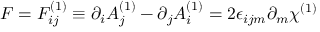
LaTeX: F = F _ { i j } ^ { ( 1 ) } \equiv \partial _ { i } A _ { j } ^ { ( 1 ) } - \partial _ { j } A _ { i } ^ { ( 1 ) } = 2 \epsilon _ { i j m } \partial _ { m } \chi ^ { ( 1 ) }